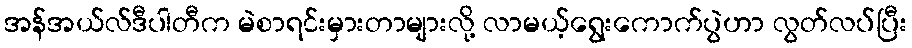
အန်အယ်လ်ဒီပါတီက မဲစာရင်းမှားတာများလို့ လာမယ့်ရွေးကောက်ပွဲဟာ လွတ်လပ်ပြီး